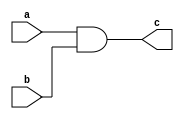
// `timescale 1ns / 1ps

module and2(a,b,c);

input a, b;
output c;

assign c = a & b;

endmodule